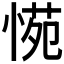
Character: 𭝪